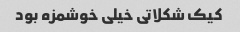
کیک شکلاتی خیلی خوشمزه بود